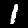
Label: 1